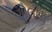
ગોલીય